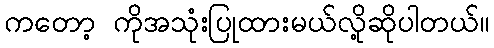
ကတော့ ကိုအသုံးပြုထားမယ်လို့ဆိုပါတယ်။